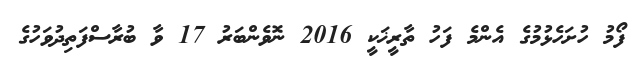
ފޯމު ހުށަހެޅުމުގެ އެންމެ ފަހު ތާރީޚަކީ 2016 ނޮވެންބަރު 17 ވާ ބުރާސްފަތިދުވަހުގެ